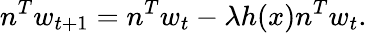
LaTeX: n^{T}w_{t+1}=n^{T}w_{t}-\lambda h(x)n^{T}w_{t}.